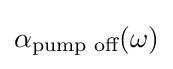
\alpha _{\text{pump off}}(\omega )